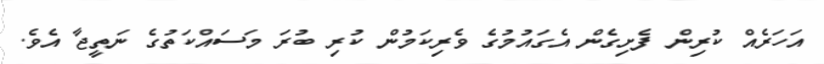
އަހަރެއް ކުރިން ފެށިގެން އެގައުމުގެ ވެރިކަމުން ކުރި ބުރަ މަސައްކަތުގެ ނަތީޖާ އެވެ.